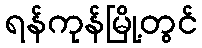
ရန်ကုန်မြို့တွင်